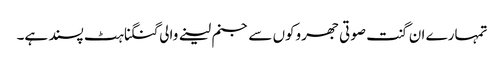
تمہارے ان گنت صوتی جھروکوں سے جنم لینے والی گنگناہٹ پسند ہے۔